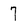
Character: 7